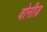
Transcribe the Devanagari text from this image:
वोनीज़